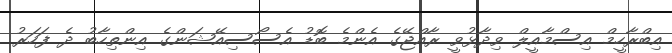
އިބްރާހީމް އިސްމާއީލް ވިދާޅުވީ ރާއްޖޭގެ އެންމެ ބޮޑު އެސޯސިއޭޝަންގެ އިންތިހާބު ދެ ފަހަރު